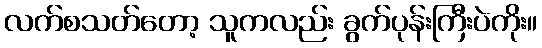
လက်စသတ်တော့ သူကလည်း ခွက်ပုန်းကြီးပဲကိုး။